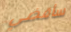
سأقضي